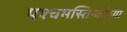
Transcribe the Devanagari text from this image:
पश्चमस्तिष्कांच्या